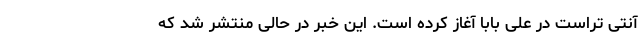
آنتی تراست در علی بابا آغاز کرده است. این خبر در حالی منتشر شد که